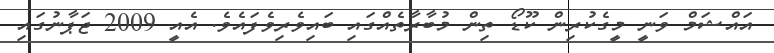
އައްޝަމް ވަނީ މީގެކުރިން ކޫޑޯ ތިން މުބާރާތެއްގައި ބައިވެރިވެފައެވެ. އެއީ 2009 ޖަޕާނުގައި